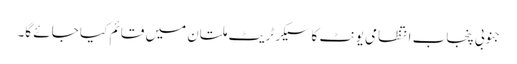
جنوبی پنجاب انتظامی یونٹ کا سیکرٹریٹ ملتان میں قائم کیا جائے گا۔